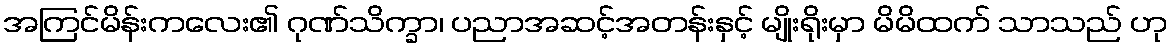
အကြင်မိန်းကလေး၏ ဂုဏ်သိက္ခာ၊ ပညာအဆင့်အတန်းနှင့် မျိုးရိုးမှာ မိမိထက် သာသည် ဟု